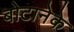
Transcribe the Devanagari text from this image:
बोटानेके